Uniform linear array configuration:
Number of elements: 64
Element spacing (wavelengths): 1
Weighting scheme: exponential
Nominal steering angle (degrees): -60
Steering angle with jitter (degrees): -61.447
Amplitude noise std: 0.05
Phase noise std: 0.05

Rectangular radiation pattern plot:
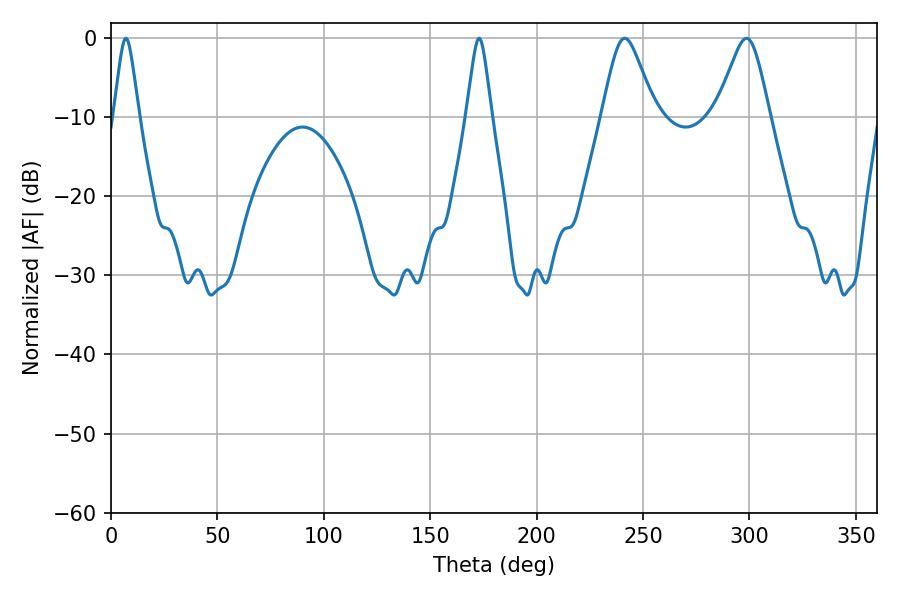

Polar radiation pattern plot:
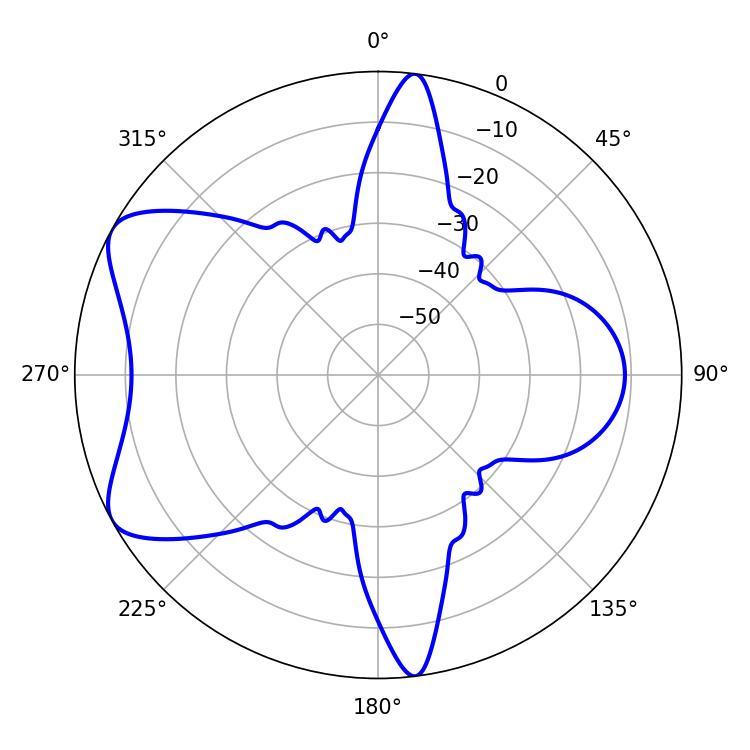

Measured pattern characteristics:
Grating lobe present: TRUE
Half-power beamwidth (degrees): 12.24
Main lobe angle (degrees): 241.38